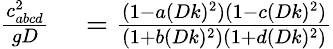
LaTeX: \begin{array}{rl}{\frac{c_{abcd}^{2}}{gD}}&{{}=\frac{(1-a(Dk)^{2})(1-c(Dk)^{2})}{(1+b(Dk)^{2})(1+d(Dk)^{2})}}\end{array}